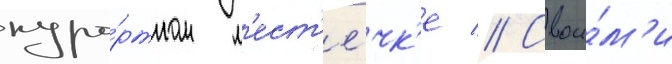
куро́ртном м'ест'е́чк'е // Свои́м'и